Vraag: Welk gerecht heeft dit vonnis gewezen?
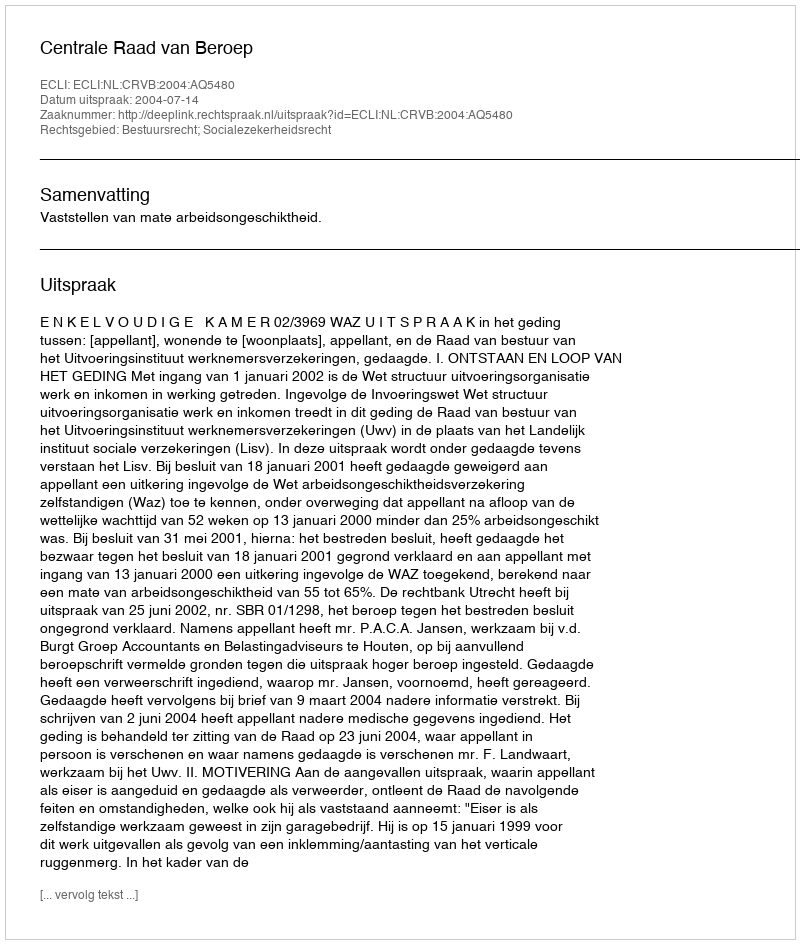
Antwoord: Centrale Raad van Beroep